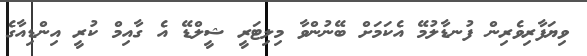
ވިޔަފާރިވެރިން ފުނޑާލުމޭ އެކަމަށް ބޭނުންވާ މިލިޓަރީ ޝީލްޑޭ އެ ގާއިމް ކުރީ އިންޑިއާގެ